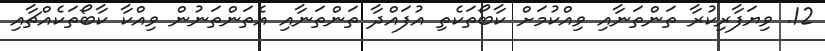
12. ވިޔަފާރިކުރާ ތަންތަނާއި ވިއްކުމަށް ކާބޯތަކެތި އުފައްދާ ތަންތަނާއި އެތަންތަނުން ވިއްކާ ކާބޯތަކެއްޗާއި